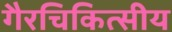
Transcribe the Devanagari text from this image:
गैरचिकित्सीय